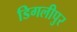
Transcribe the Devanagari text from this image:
डिगलीपुर